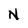
Character: N